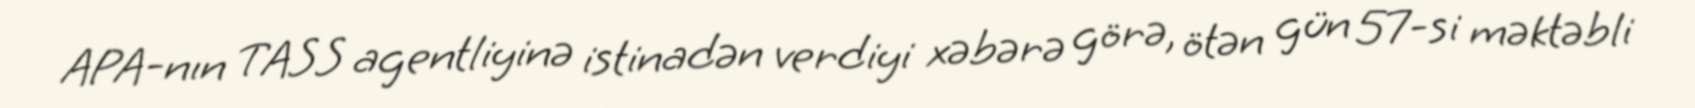
APA-nın TASS agentliyinə istinadən verdiyi xəbərə görə, ötən gün 57-si məktəbli